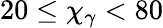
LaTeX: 20\leq\chi_{\gamma}<80